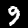
Label: 9